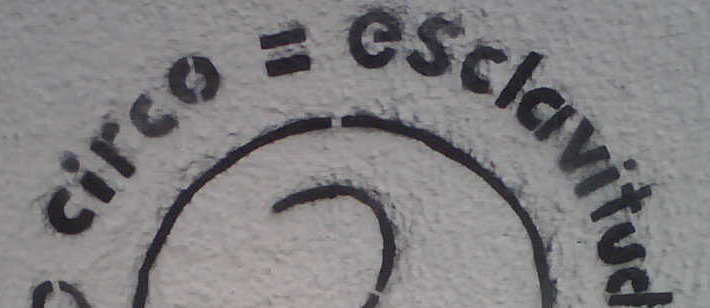
circo = esclavitud